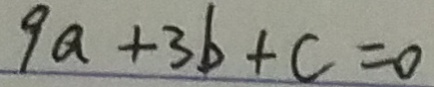
9 a + 3 b + c = 0